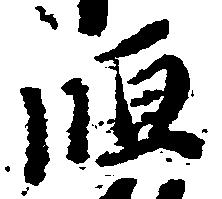
恒